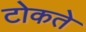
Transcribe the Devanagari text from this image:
टोकते